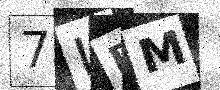
Text: 7LBM